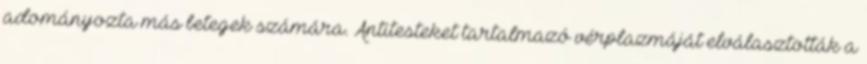
adományozta más betegek számára. Antitesteket tartalmazó vérplazmáját elválasztották a